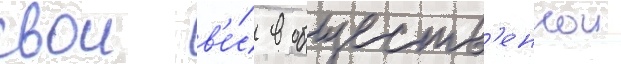
свои в'е́с в обществ'еннои